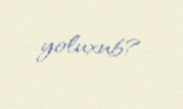
yoluxub?.